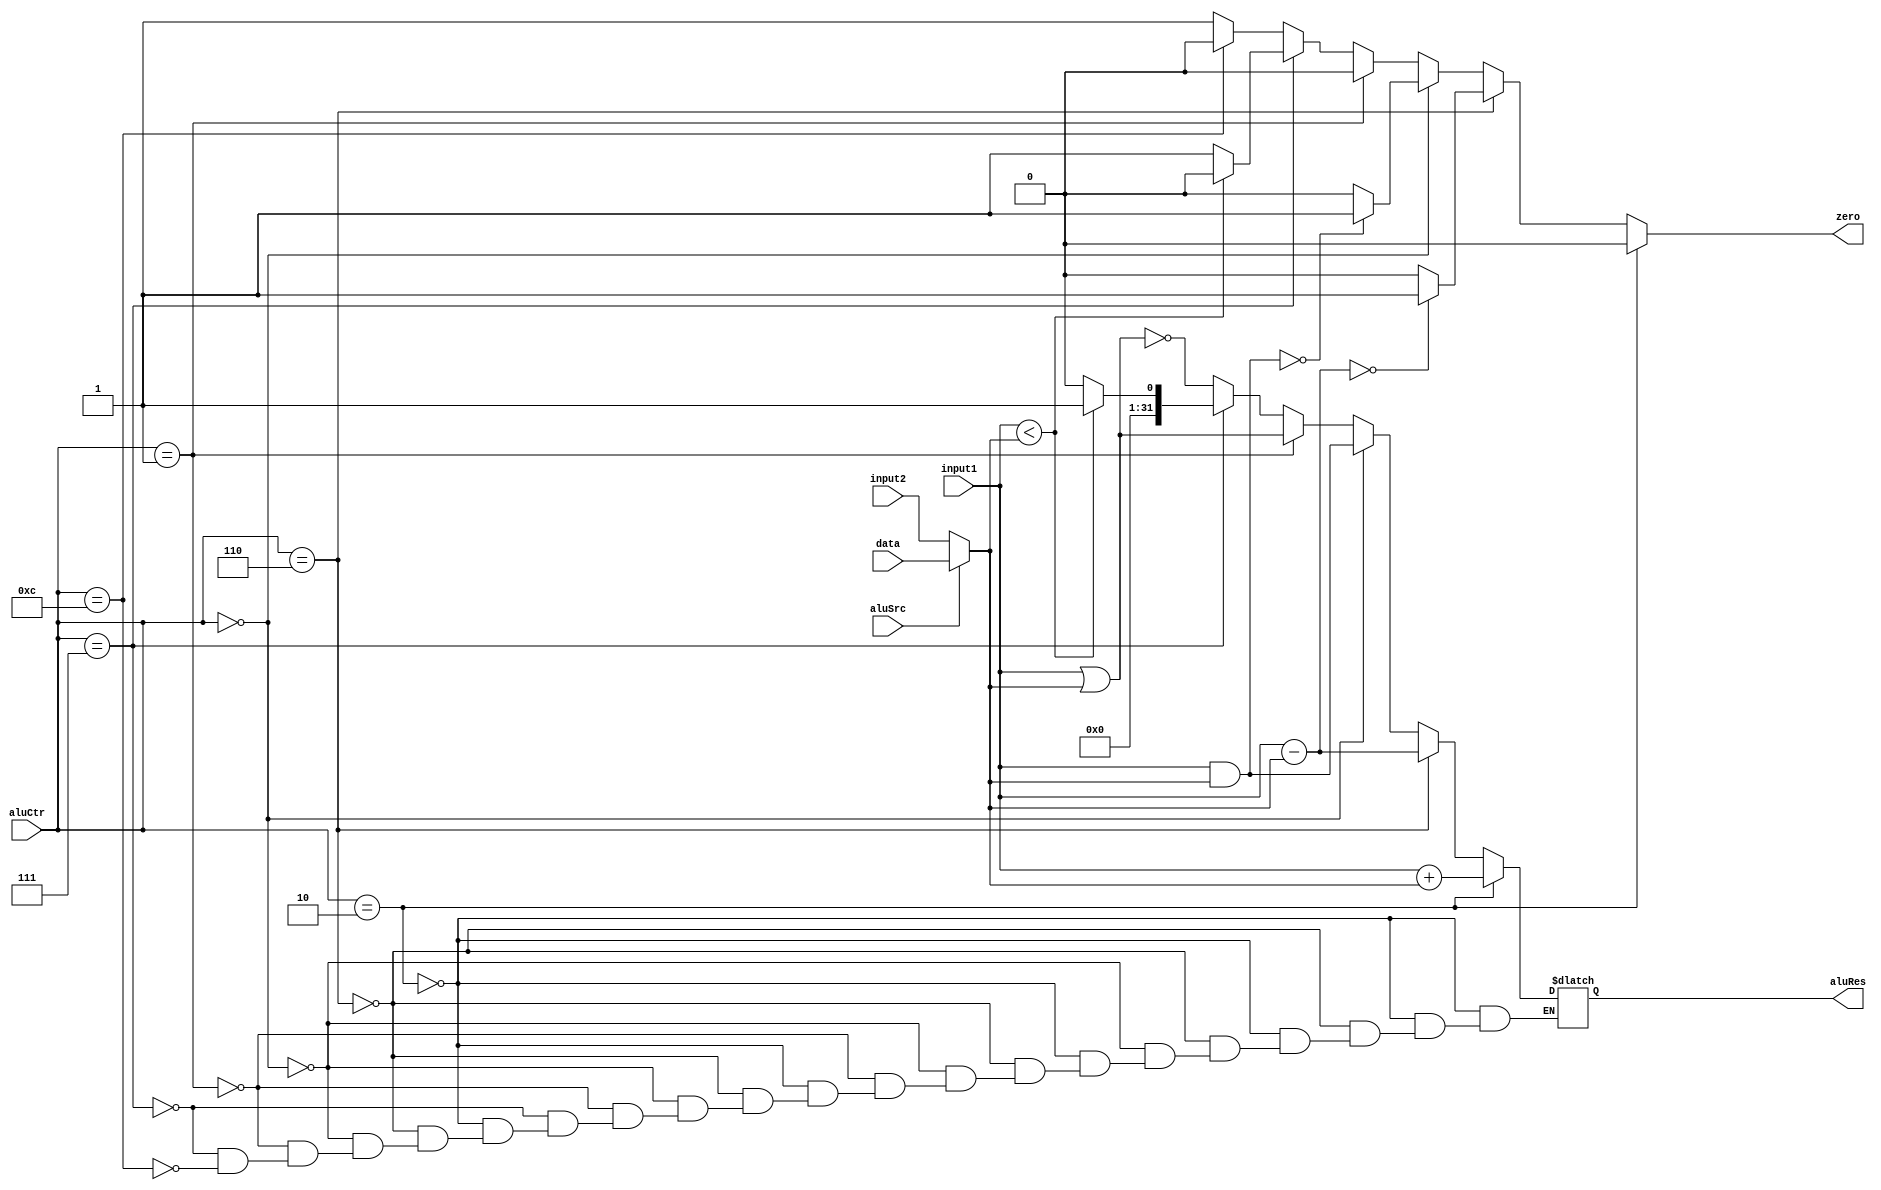
`timescale 1ns / 1ps
//////////////////////////////////////////////////////////////////////////////////
// Company: 
// Engineer: 
// 
// Design Name: 
// Module Name: Alu
// Project Name: 
// Target Devices: 
// Tool Versions: 
// Description: 
// 
// Dependencies: 
// 
// Revision:
// Revision 0.01 - File Created
// Additional Comments:
// 
//////////////////////////////////////////////////////////////////////////////////


module Alu(
    input [31:0] input1,
    input [31:0] input2,
    input aluSrc,
    input [31:0] data,
    input [3:0] aluCtr,
    output reg zero,
    output reg [31:0] aluRes
);
    wire [31:0] Input2;
    assign Input2 = (aluSrc == 1) ? data : input2;
    
    always @ (input1 or Input2 or aluCtr)
    begin
        zero = 0;
        if (aluCtr == 4'b0010)
            aluRes = input1 + Input2;
        else if (aluCtr == 4'b0110)
        begin
            aluRes = input1 - Input2;
            if (aluRes == 0)
                zero = 1;
            else 
                zero = 0;
        end
        else if (aluCtr == 4'b0000)
        begin
            aluRes = input1 & Input2;
            if (aluRes == 0)
                zero = 1;
        end
        else if (aluCtr == 4'b0001)
            aluRes = input1 | Input2;
        else if (aluCtr == 4'b0111)
        begin
            if (input1 < Input2)
                aluRes = 1;
            else
            begin
                aluRes = 0;
                zero = 1;
            end
        end
        else if (aluCtr == 4'b1100)
            aluRes = ~(input1 | Input2);
        else 
            zero = 1;
    end
    
endmodule